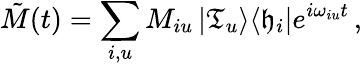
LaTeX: \tilde{M}(t)=\sum_{i,u}M_{iu}\left|\mathfrak{T}_{u}\right>\! \left<\mathfrak{h}_{i}\right|e^{i\omega_{iu}t}\, ,